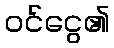
ဝင်ငွေ၏